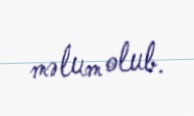
məlum olub.